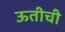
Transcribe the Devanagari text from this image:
ऊतीची